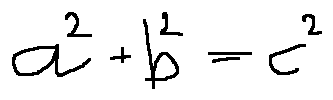
a ^ { 2 } + b ^ { 2 } = c ^ { 2 }